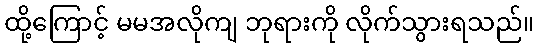
ထို့ကြောင့် မမအလိုကျ ဘုရားကို လိုက်သွားရသည်။